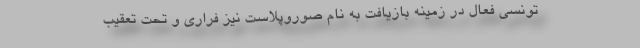
تونسی فعال در زمینه بازیافت به نام صوروپلاست نیز فراری و تحت تعقیب